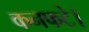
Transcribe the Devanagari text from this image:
कनफटे।